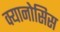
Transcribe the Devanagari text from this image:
क्यानोसिस